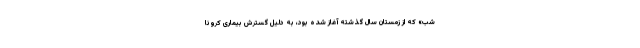
شب» که از زمستان سال گذشته آغاز شده بود، به دلیل گسترش بیماری کرونا